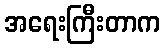
အရေးကြီးတာက